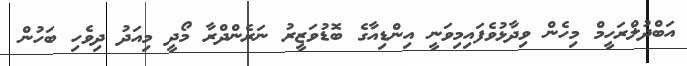
އަބްދުލްރަހީމް މިހެން ވިދާޅުވެފައިމިވަނީ އިންޑިއާގެ ބޮޑުވަޒީރު ނަރެންދްރާ މޯދީ މިއަދު ދިވެހި ބަހުން